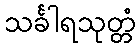
သင်္ခါရသုတ္တံ